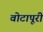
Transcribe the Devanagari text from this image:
वोटापूरी